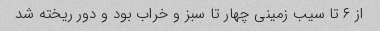
از ۶ تا سیب زمینی چهار تا سبز و خراب بود و دور ریخته شد